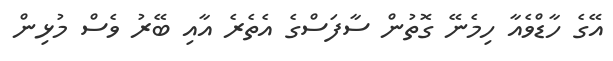
އޭގެ ހާޑްވެއާ ހިމެނޭ ގޮތުން ސާފަސްގެ އެތެރެ އާއި ބޭރު ވެސް މުޅިން